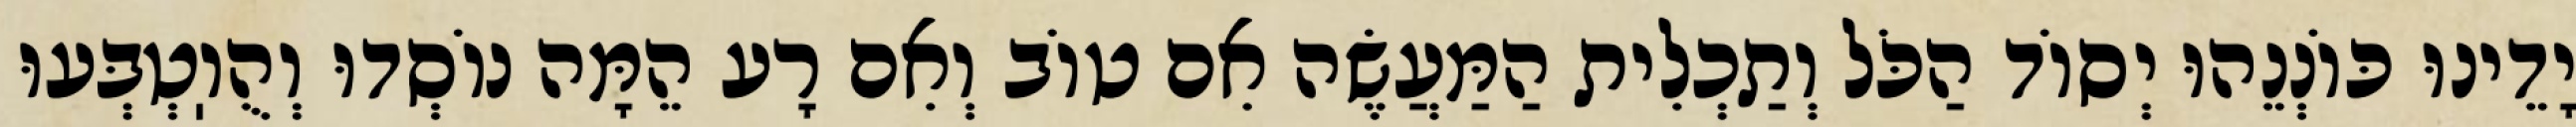
יָדֵינוּ כּוֹנְנֵהוּ יְסוֹד הַכֹּל וְתַכְלִית הַמַּעֲשֶׂה אִם טוֹב וְאִם רָע הֵמָּה נוֹסְדוּ וְהֻוֽטְבְּעוּ